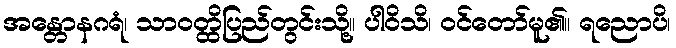
အန္တောနဂရံ၊ သာဝတ္ထိပြည်တွင်းသို့။ ပါဝိသိ၊ ဝင်တော်မူ၏။ ရညောပိ၊